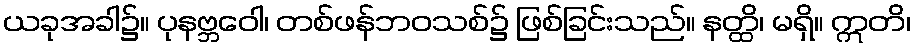
ယခုအခါ၌။ ပုနဗ္ဘဝေါ၊ တစ်ဖန်ဘဝသစ်၌ ဖြစ်ခြင်းသည်။ နတ္ထိ၊ မရှိ။ ဣတိ၊